Calcutta medical institutions reports 1871-78
Year: 1871
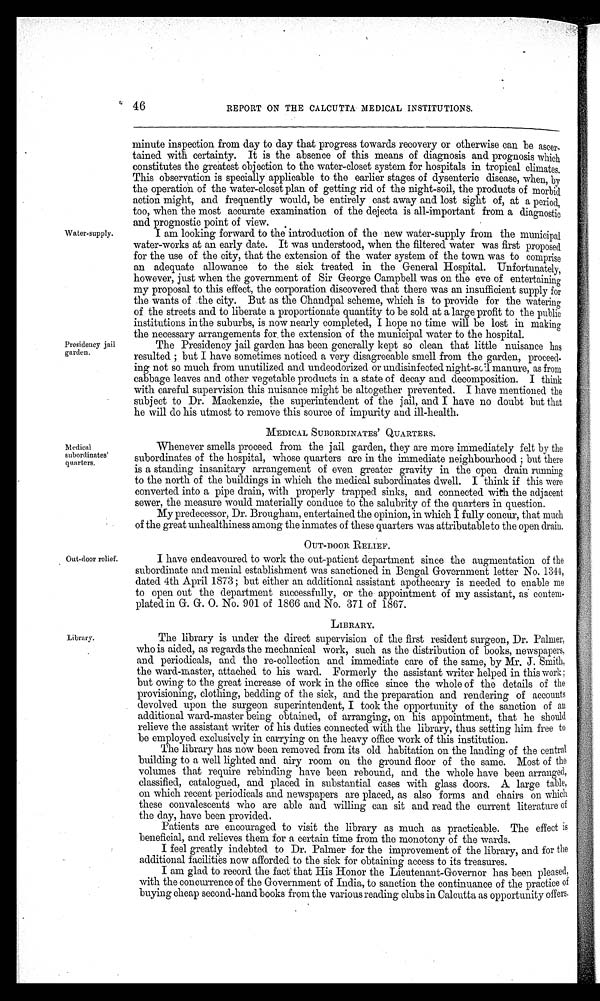
46
REPORT ON THE CALCUTTA MEDICAL INSTITUTIONS.
Water-supply.
Presidency jail
garden.
minute inspection from day to day that progress towards recovery or otherwise can be ascer-
tained with certainty. It is the absence of this means of diagnosis and prognosis which
constitutes the greatest objection to the water-closet system for hospitals in tropical climates.
This observation is specially applicable to the earlier stages of dysenteric disease, when, by
the operation of the water-closet plan of getting rid of the night-soil, the products of morbid
action might, and frequently would, be entirely cast away and lost sight of, at a period,
too, when the most accurate examination of the dejecta is all-important from a diagnostic
and prognostic point of view.
I am looking forward to the introduction of the new water-supply from the municipal
water-works at an early date. It was understood, when the filtered water was first proposed
for the use of the city, that the extension of the water system of the town was to comprise
an adequate allowance to the sick treated in the General Hospital. Unfortunately,
however, just when the government of Sir George Campbell was on the eve of entertaining
my proposal to this effect, the corporation discovered that there was an insufficient supply for
the wants of the city. But as the Chandpal scheme, which is to provide for the watering
of the streets and to liberate a proportionate quantity to be sold at a large profit to the public
institutions in the suburbs, is now nearly completed, I hope no time will be lost in making
the necessary arrangements for, the extension of the municipal water to the hospital.
The Presidency jail garden has been generally kept so clean that little nuisance has
resulted ; but I have sometimes noticed a very disagreeable smell from the garden, proceed-
ing not so much from unutilized and undeodorized or undisinfected night-soil manure, as from
cabbage leaves and other vegetable products in a state of decay and decomposition. I think
with careful supervision this nuisance might be altogether prevented. I have mentioned the
subject to Dr. Mackenzie, the superintendent of the jail, and I have no doubt but that
he will do his utmost to remove this source of impurity and ill-health.
MEDICAL SUBORDINATES ' QUARTERS.
Medical
subordinates'
quarters.
Whenever smells proceed from the jail garden, they are more immediately felt by the
subordinates of the hospital, whose quarters are in the immediate neighbourhood ; but there
is a standing insanitary arrangement of even greater gravity in the open drain running
to the north of the buildings in which the medical subordinates dwell. I think if this were
converted into a pipe drain, with properly trapped sinks, and connected with the adjacent
sewer, the measure would materially conduce to the salubrity of the quarters in question.
My predecessor, Dr. Brougham, entertained the opinion, in which I fully concur, that much
of the great unhealthiness among the inmates of these quarters was attributable to the open drain.
OUT-DOOR RELIEF.
Out-door relief.
I have endeavoured to work the out-patient department since the augmentation of the
subordinate and menial establishment was sanctioned in Bengal Government letter No. 1344
dated 4th April 1873 ; but either an additional assistant apothecary is needed to enable me
to open out the department successfully, or the appointment of my assistant, as contem-
plated in G. G. 0. No. 901 of 1866 and No. 371 of 1867.
LIBRARY.
Library.
The library is under the direct supervision of the first resident surgeon, Dr. Palmer,
who is aided, as regards the mechanical work, such as the distribution of books, newspapers,
and periodicals, and the re-collection and immediate care of the same, by Mr. J. Smith,
the ward-master, attached to his ward. Formerly the assistant writer helped in this work;
but owing to the great increase of work in the office since the whole of the details of the
provisioning, clothing, bedding of the sick, and the preparation and rendering of accounts
devolved upon the surgeon superintendent, I took the opportunity of the sanction of an
additional ward-master being obtained, of arranging, on his appointment, that he should
relieve the assistant writer of his duties connected with the library, thus setting him free to
be employed exclusively in carrying on the heavy office work of this institution.
The library has now been removed from its old habitation on the landing of the central
building to a well lighted and airy room on the ground floor of the same. Most of the
volumes that require rebinding have been rebound, and the whole have been arranged,
classified, catalogued, and placed in substantial cases with glass doors. A large table,
on which recent periodicals and newspapers are placed, as also forms and chairs on which,
these convalescents who are able and willing can sit and read the current literature of
the day, have been provided.
Patients are encouraged to visit the library as much as practicable. The effect is
beneficial, and relieves them for a certain time from the monotony of the wards.
I feel greatly indebted to Dr. Palmer for the improvement of the library, and for the
additional facilities now afforded to the sick for obtaining access to its treasures.
I am glad to record the fact' that His Honor the Lieutenant-Governor has been pleased,
with the concurrence of the Government of India, to sanction the continuance of the practice of
buying cheap second-hand books from the various reading clubs in Calcutta as opportunity offers.